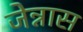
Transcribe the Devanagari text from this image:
जेन्नास